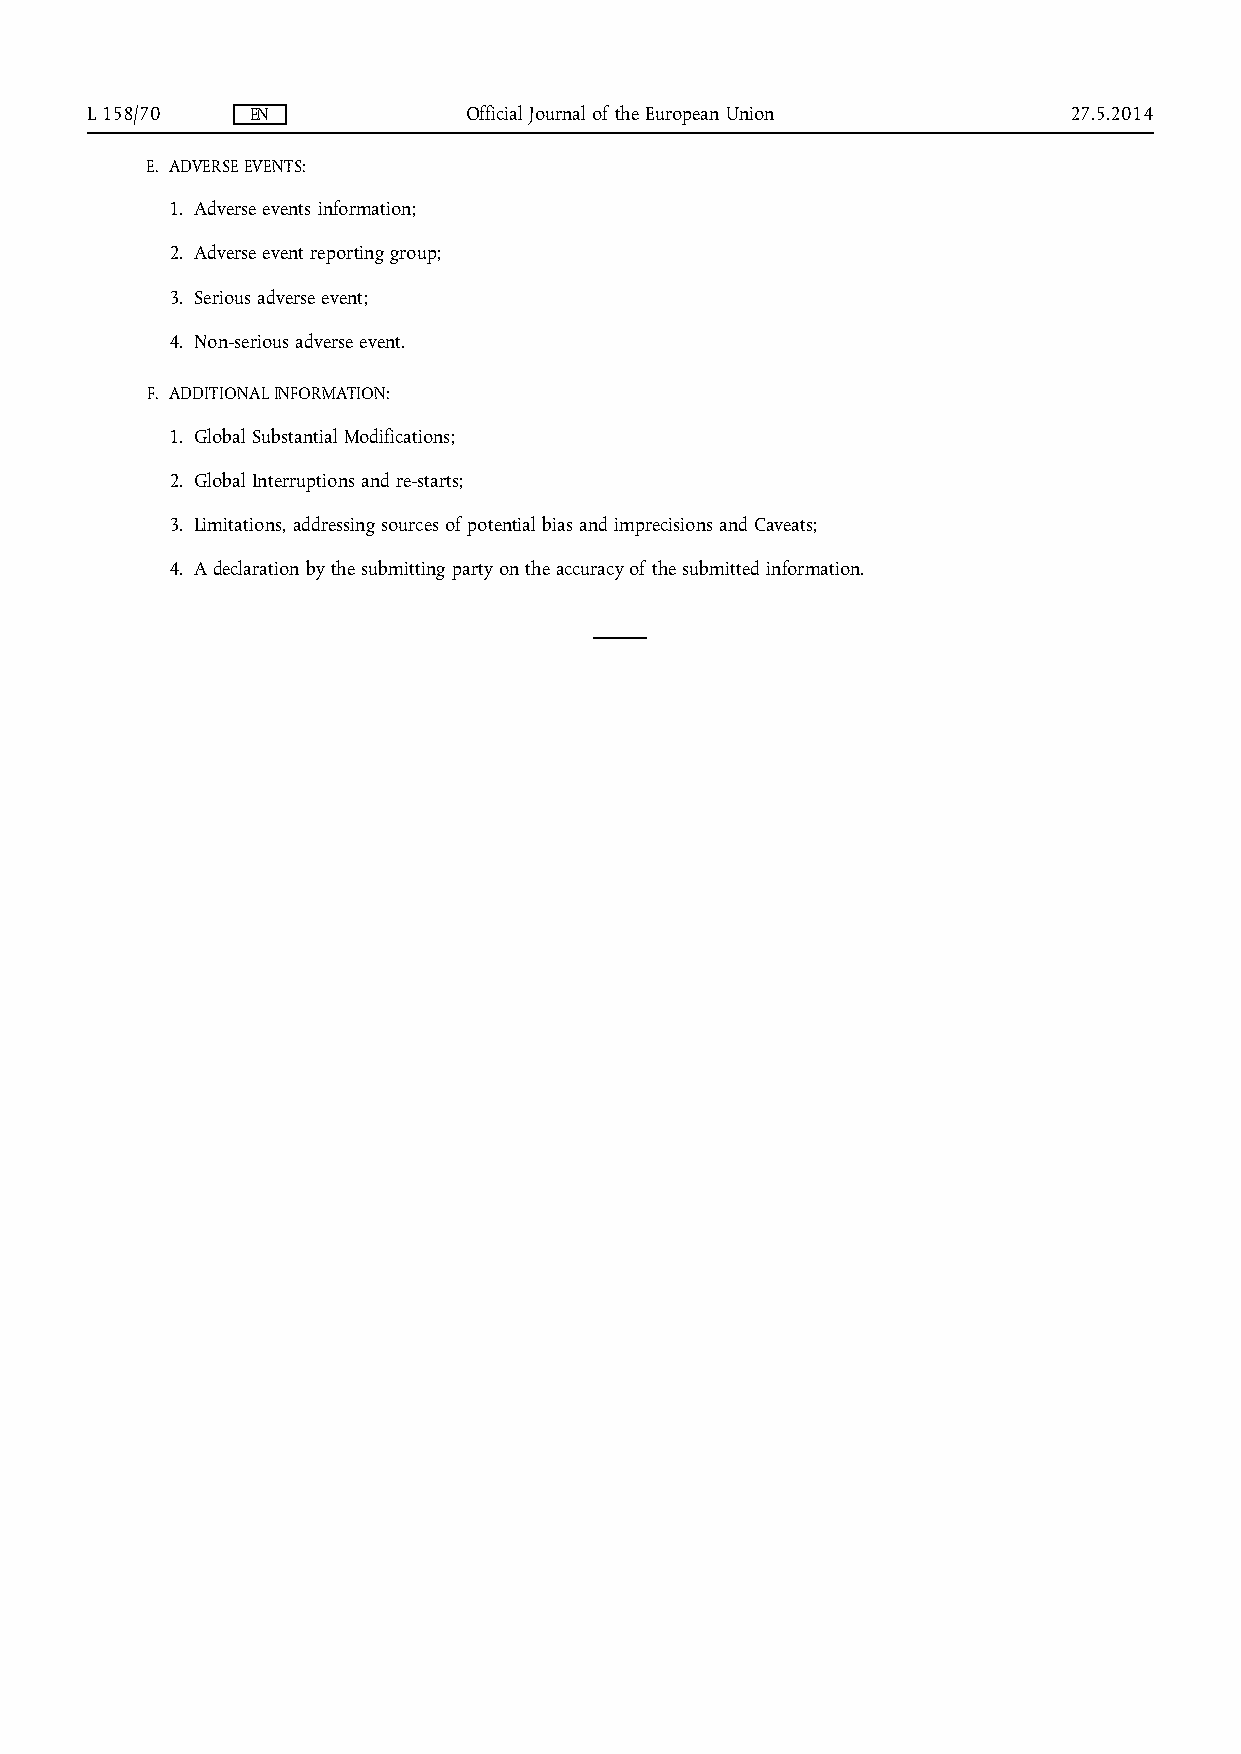
L 158/70   EN            Official Journal of the European Union  27.5.2014
 E. ADVERSE EVENTS:
 1. Adverse events information;
 2. Adverse event reporting group;
 3. Serious adverse event;
 4. Non-serious adverse event.
 F. ADDITIONAL INFORMATION:
 1. Global Substantial Modifications;
 2. Global Interruptions and re-starts;
 3. Limitations, addressing sources of potential bias and imprecisions and Caveats;
 4. A declaration by the submitting party on the accuracy of the submitted information.